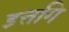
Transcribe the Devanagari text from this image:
इत्तगि